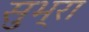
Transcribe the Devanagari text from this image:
सुभ्रा